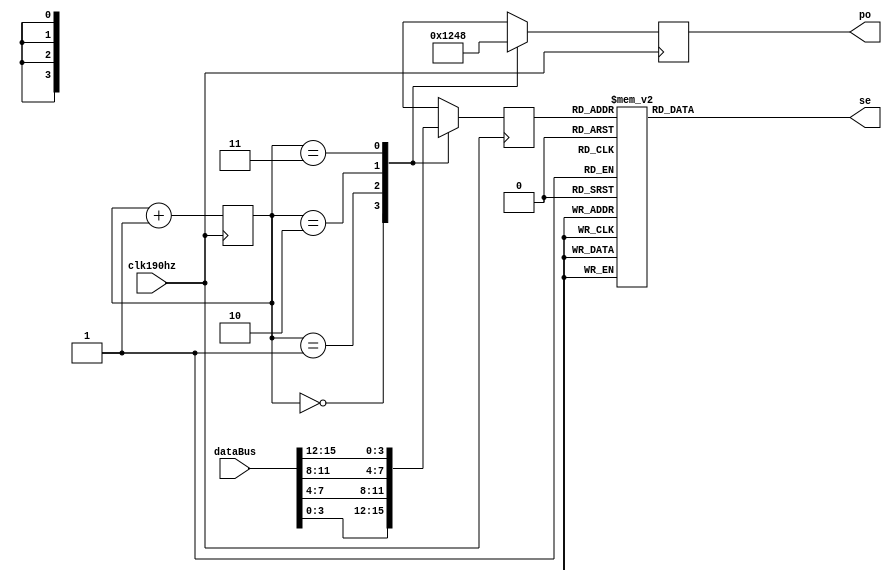
`timescale 1ns / 1ps
module segMsg(
input clk190hz,
input [15:0]dataBus,
output reg [3:0]po,
output reg [7:0]se
    );
    reg [1:0]posC;
    reg [3:0]dataP;
    initial posC=2'b00;
always@(posedge clk190hz)
begin
case(posC)
    0:begin
        po<=4'b0001;
        dataP<=dataBus[3:0];
    end
    1:begin
        po<=4'b0010;
        dataP<=dataBus[7:4];
    end
    2:begin
        po<=4'b0100;
        dataP<=dataBus[11:8];
    end
    3:begin
        po<=4'b1000;
        dataP<=dataBus[15:12];
    end
endcase
posC=posC+1;    
end
always@(*)
case(dataP)
0:se=8'b0011_1111;
1:se=8'b0000_0110;
2:se=8'b0101_1011;
3:se=8'b0100_1111;
4:se=8'b0110_0110;
5:se=8'b0110_1101;
6:se=8'b0111_1101;
7:se=8'b0000_0111;
8:se=8'b0111_1111;
9:se=8'b0110_1111;
10:se=8'b0100_0000;
11:se=8'b0000_0000;
default:se=8'b0000_1000;
endcase
endmodule